Report of the King Institute of Preventive Medicine, Guindy
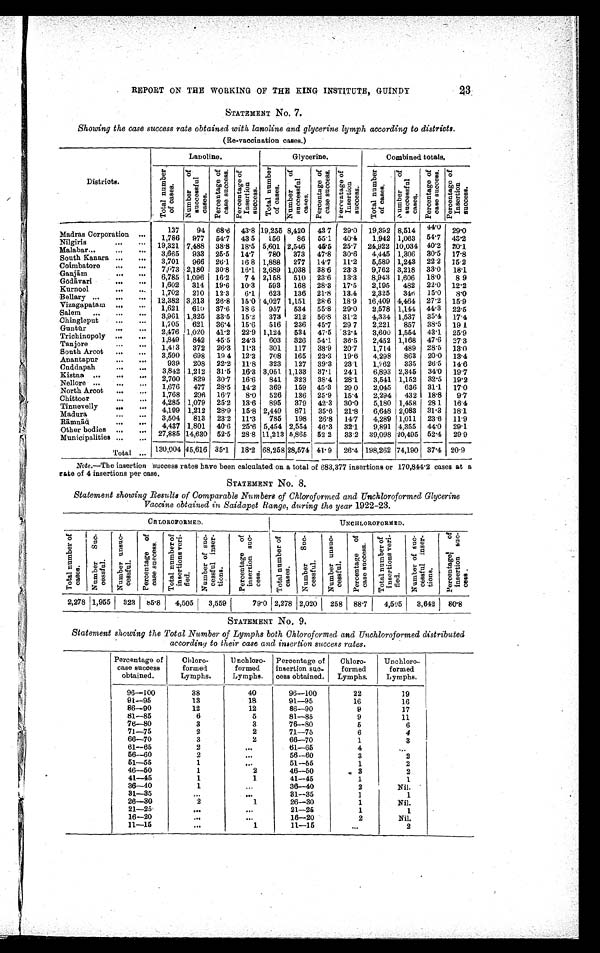
23
REPORT ON THE WORKING OF THE KING INSTITUTE, GUINDY
STATEMENT No. 7.
Showing the case success rate obtained with lanoline and glycerine lymph according to districts.
(Re-vaccination cases.)
Districts.
Lanoline.
Glycerine.
Combined totals.
T o t a l n u m b e r o f c a s e s .
N u m b e r o f s u c c e s s f u l c a s e s .
P e r c e n t a g e o f c a s e s s u c c e s s .
P e r c e n t a g e o f I n s e r t i o n s u c c e s s .
T o t a l n u m b e r o f c a s e s . N u m b e r o f s u c c e s s f u l c a s e s .
P e r c e n t a g e o f c a s e s u c c e s s . P e r c e n t a g e o f I n s e r t i o n s u c c e s s .
T o t a l n u m b e r o f c a s e s .
N u m b e r o f s u c c e s s f u l c a s e s .
P e r c e n t a g e o f c a s e s u c c e s s .
P e r c e n t a g e o f I n s e r t i o n s u c c e s s .
Madras Corporation . . .
137
94
68.6
43.8 19,255 8,420
43.7
29.0
19,392 8,514
44.0
29.0
1,786
977
54.7
43.5
156
86
55.1
40.4
1,942 1,063
54.7
43.2
Nilgiris . . .
19,321 7,488
38.8
18.5 5,601 2,546
45.5
25.7
24,922 10,034
40.2
20.1
Malabar . . .
3,665
933
25.5
14.7
780
373
47.8
30.6
4,445 1,306
30.5
17.8
South Kanara . . .
3,701
966
26.1
16.8 1,888
277
14.7
11.2
5,589 1,243
22.2
15.2
Coimbatore . . .
7,073 2,180
30.8
16.1 2,689 1,038
38.6
23.3
9,762 3,218
33.0
18.1
Ganjā m . . .
6,785 1,096
16.2
7 4 2,158
510
23.6
13.3
8,943 1,606
18.0
8 9
Gō dāvari . . .
1,602
314
19.6
10.3
593
168
28.3
17.5
2,195
482
22.0
12.2
Kurnool . . .
1,702
210
12.3
6.1
623
136
21.8
13.4
2,325
346
15.0
8.0
Bellary . . .
12,382 3,313
26.8
15.0 4,027 1,151
28.6
18.9
16,409 4,464
27.2
15.9
Vizagapatam . . .
1,621
610
37.6
18 6
957
534
55.8
29.0
2,578 1,144
44.3
22.5
Salem . . .
3,961 1,325
33.5
15.2
373
212
56.8
31.2
4,334 1,537
35.4
17.4
Chingleput . . .
1,705
621
36.4
15.6
516
236
45.7
29 7
2,221
857
38.5
19 1
Guntū r . . .
2,476 1,020
41.2
22.9 1,124
534
47.5
32.4
3,600 1,554
43.1
25.9
Trichinopoly . . .
1,849
842
45.5
24.3
603
326
54.1
36.5
2,452
1,168
47.6
27.3
Tanjore . . .
1,413
372
26.3
11.3
301
117
38.9
20.7
1,714
489
28.5
13.0
South Arcot . . .
3,590
698
19 4
12.3
708
165
23.3
19.6
4,298
863
20.0
13.4
Anantapur . . .
939
208
22.2
11.8
323
127
39.3
23.1
1.262
335
26.5
14.6
Cuddapah . . .
3,842 1,212
31.5
16.3 3,051 1,133
37.1
24.1
6,893 2,345
34.0
19.7
Kistna . . .
2,700
829
30.7
16.6
841
323
38.4
28.1
3,541
1,152
32.5
19.2
Nellore . . .
1,676
477
28.5
14.2
369
159
45.3
29 0
2,045
636
31.1
17.0
North Arcot . . .
1,768
296
16.7
8.0
526
136
25.9
15.4
2,294
432
18.8
9.7
Chittoor . . .
4,285 1,079
25.2
13.6
895
379
42.3
30.0
5,180 1,458
28 1
16.4
Tinnevelly . . .
4,199
1,212
28.9
15.8 2,449
871
35.6
21.8
6,648 2,083
31.3
18.1
Madura . . .
3,504
813
23.2
11.3
785
198
26.8
14.7
4,289 1,011
23.6
11.9
Rāmnād . . .
4,437 1,801
40.6
25.6 5,454 2,554
46.3
32.1
9,891 4,355
44.0
29.1
Other bodies . . .
27,885 14,630
52.5
28.8 11,213 5,865
52.2
33.2
39,098 20,495
52.4
29.9
Municipalities . . .
Total . . .
130,004 45,616 35.1
18.2
6 8 . 2 5 8
28,574 41. 9
26.4 198,262 74,190
37.4
20.9
Note .—The insertion success rates have been calculated on a total of 683,377 insertions or 170,844.2 cases at a
rate of 4 insertions per case.
STATEMENT No. 8.
Statement showing Results of Comparable Numbers of Chloroformed and Unchloroformed Glycerine
Vaccine obtained in Saidapet Range, during the year 1922-23.
CHLOROFORMED.
UNCHLOROFORMED.
Tot al number of cases.
N u m b e r S u c - c e s s f u l .
N u m b e r u n s u c c e s s f u l .
P e r c e n t a g e o f c a s e s s u c c e s s .
T o t a l n u m b e r o f i n s e r t i o n s v e r i - f i e d .
N u m b e r p f s u c - c e s s f u l i n s e r - t i o n s .
P e r c e n t a g e o f i n s e r t i o n s u c - c e s s .
T o t a l n u m b e r o f c a s e s .
N u m b e r S u c - c e s s f u l .
N u m b e r u n s u c - c e s s f u l .
P e r c e n t a g e o f c a s e s s u c c e s s .
Tot al number of i ns er t i ons v er i - f i ed.
N u m b e r o f s u c - c e s s f u l i n s e r - t i o n s .
P e r c e n t a g e o f i n s e r t i o n s u c - c e s s .
2,278 1,955
323
8 5 . 8
4,505
3,559
79.0 2,278 2,020
258
88.7
4,505
3,642
80.8
STATEMENT No. 9.
Statement showing the Total Number of Lymphs both Chloroformed and Unchloroformed distributed
according to their case and insertion success rates.
Percentage of
case success
obtained.
Chloro
-formed
Lymphs.
Unchloro
-formed
Lymphs.
Percentage of
insertion sac
-cess obtained,
Chloro
-formed
Lymphs.
Unchloro
-formed
Lymphs.
96—100
38
40
96—100
22
19
91― 95
13
18
91—95
16
16
86—90
12
12
86—90
9
17
81—85
6
5
81—85
9
11
76—80
3
3
76—80
5
6
71—75
2
2
71—75
6
4
66—70
3
2
66—70
1
3
61—65
2
. . .
61—65
4
. . .
56—6O
2
. . .
56—60
3
2
51—55
1
. . .
51—55
1
2
46—50
1
2
46—50
3
2
41—45
1
1
41—45
1
1
36—40
1
. . .
36—40
2
Nil.
31—35
. . .
. . .
31—35
1
1
26—30
2
1
26—30
1
Nil.
21—25
. . .
. . .
21—25
1
1
16—20
. . .
. . .
16—20
2
Nil.
11—15
. . .
1
11—15
. . .
2